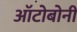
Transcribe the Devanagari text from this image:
ऑटोबोनी